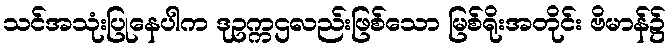
သင်အသုံးပြုနေပါက ဒုဥက္ကဌလည်းဖြစ်သော မြစ်ရိုးအတိုင်း ဗိမာန်၌